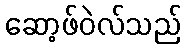
ဆော့ဖ်ဝဲလ်သည်